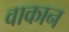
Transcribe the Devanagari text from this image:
वाकान